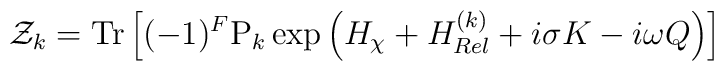
{\cal Z}_{k}={\rm Tr}\left[(-1)^{F} {\rm P}_{k} \exp\left(H_{\chi}+H^{(k)}_{Rel}+i\sigma K -i \omega Q\right)\right]